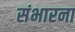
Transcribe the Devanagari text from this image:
संभारना